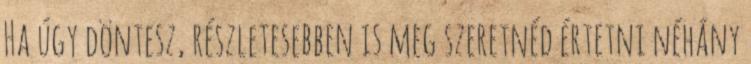
Ha úgy döntesz, részletesebben is meg szeretnéd értetni néhány